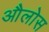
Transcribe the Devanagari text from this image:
औलोस